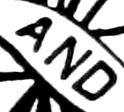
AND